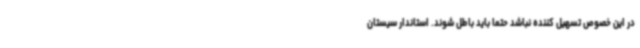
در این خصوص تسهیل کننده نباشد حتما باید باطل شوند. استاندار سیستان